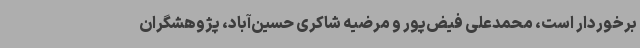
برخوردار است، محمدعلی فیض‌پور و مرضیه شاکری حسین‌آباد، پژوهشگران